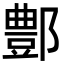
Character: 鄷